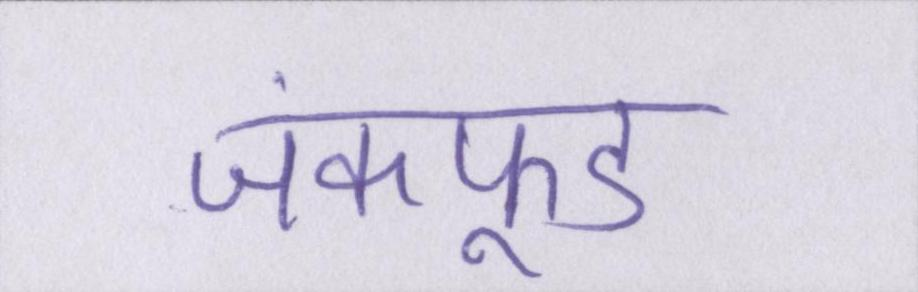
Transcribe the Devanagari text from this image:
जंकफूड